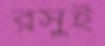
রসুই